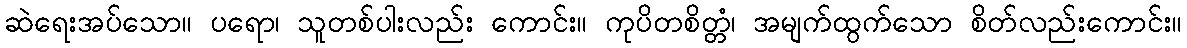
ဆဲရေးအပ်သော။ ပရော၊ သူတစ်ပါးလည်း ကောင်း။ ကုပိတစိတ္တံ၊ အမျက်ထွက်သော စိတ်လည်းကောင်း။